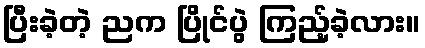
ပြီးခဲ့တဲ့ ညက ပြိုင်ပွဲ ကြည့်ခဲ့လား။